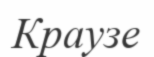
Краузе